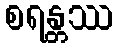
စရန္တဿ